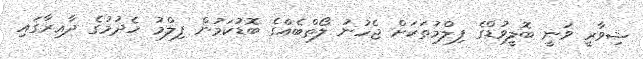
ޝިވާރީ ވަނީ ބޮލީވުޑްގެ ފިލްމުތަކަށް ޖެހުނު ލޯތްބެއްގެ ބޮޑުކަމުން ފިލްމު ހެދުމުގެ ދާއިރާގައި